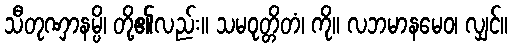
သီတုဏှာနမ္ပိ၊ တို့၏လည်း။ သမဝုတ္တိတံ၊ ကို။ လဘမာနမေဝ၊ လျှင်။